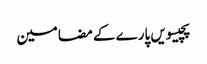
پچیسویں پارے کے مضامین